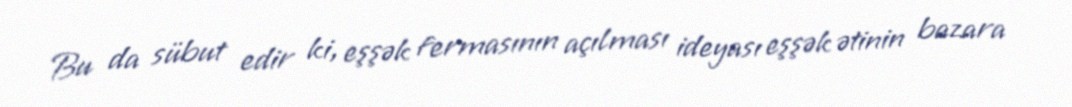
Bu da sübut edir ki, eşşək fermasının açılması ideyası eşşək ətinin bazara